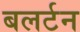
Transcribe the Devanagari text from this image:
बलर्टन